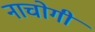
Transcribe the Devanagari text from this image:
नाचोगी